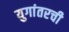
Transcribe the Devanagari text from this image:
युगांतरची